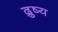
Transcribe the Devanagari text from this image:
द्रुष्य